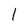
Character: 1